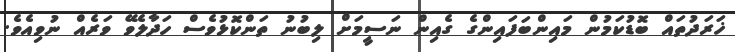
ޚަރަދުތައް ބޮޑުކަމުން މައިންބަފައިންގެ ގެއިން ނަސީމަށް ލިބުނު ތަންކޮޅުވެސް ހަދާލެވޭ ވަރެއް ނުވިއެވެ.